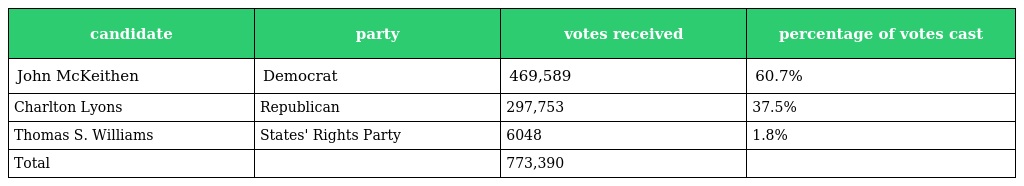
| candidate | party | votes received | percentage of votes cast |
 | --- | --- | --- | --- |
 | John McKeithen | Democrat | 469,589 | 60.7% |
 | Charlton Lyons | Republican | 297,753 | 37.5% |
 | Thomas S. Williams | States' Rights Party | 6048 | 1.8% |
 | Total |  | 773,390 |  |